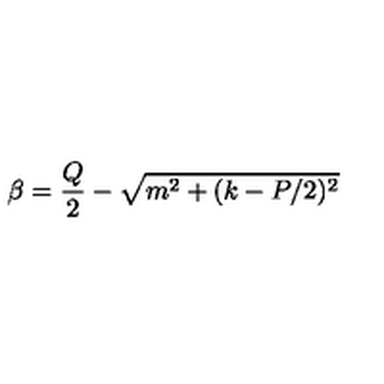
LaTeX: \beta = \frac { Q } { 2 } - \sqrt { m ^ { 2 } + ( k - P / 2 ) ^ { 2 } }